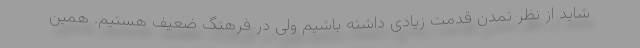
شاید از نظر تمدن قدمت زیادی داشته باشیم ولی در فرهنگ ضعیف هستیم. همین